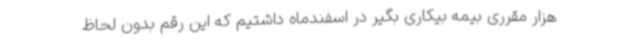
هزار مقرری بیمه بیکاری بگیر در اسفندماه داشتیم که این رقم بدون لحاظ